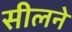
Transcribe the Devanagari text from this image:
सीलने